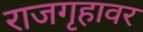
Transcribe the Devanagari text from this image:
राजगृहावर